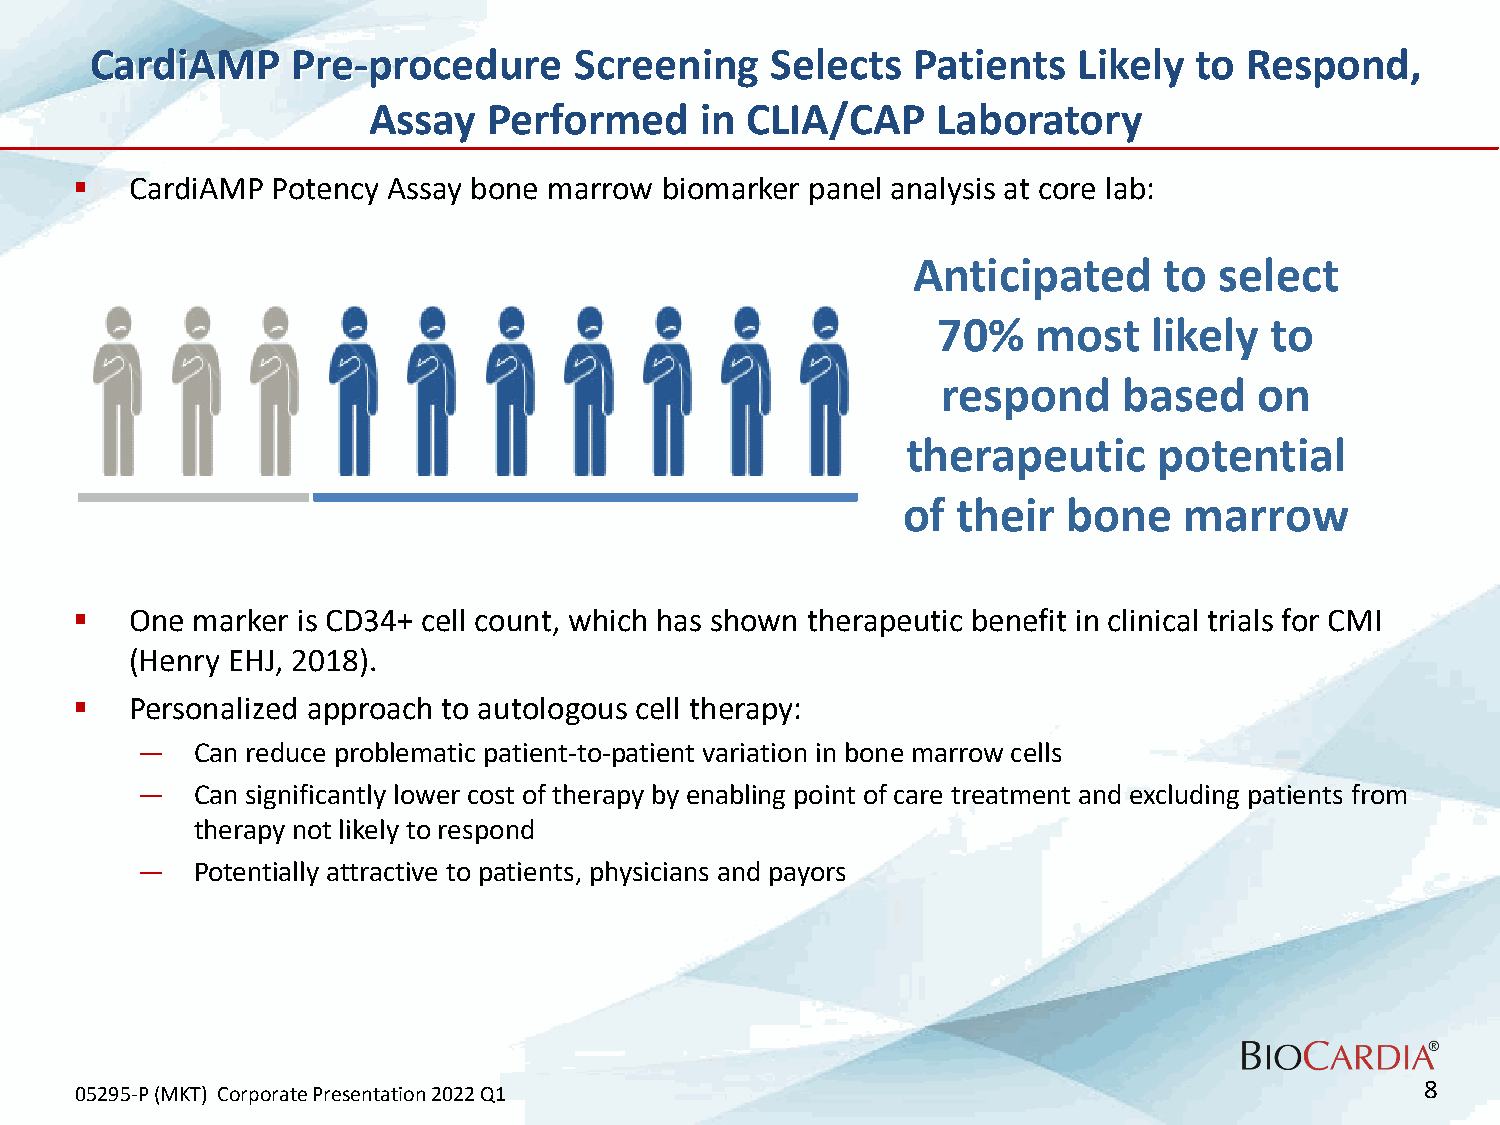
CardiAMP     Pre-procedure      Screening    Selects  Patients   Likely  to Respond,
 Assay   Performed     in CLIA/CAP     Laboratory
    CardiAMP Potency Assay bone marrow biomarker panel analysis at core lab:
 Anticipated      to  select
 70%    most   likely  to
 respond     based    on
 therapeutic      potential
 of their   bone   marrow
    One marker is CD34+ cell count, which has shown therapeutic benefit in clinical trials for CMI
 (Henry EHJ, 2018).
    Personalized approach to autologous cell therapy:
 —   Can reduce problematic patient-to-patient variation in bone marrow cells
 —   Can significantly lower cost of therapy by enabling point of care treatment and excluding patients from
 therapy not likely to respond
 —   Potentially attractive to patients, physicians and payors
 8
 05295-P (MKT) Corporate Presentation 2022 Q1